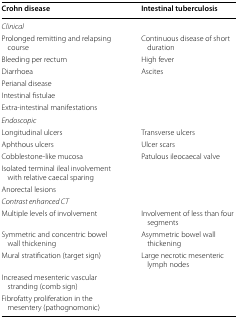
| Crohn disease | Intestinal tuberculosis |
 | --- | --- |
 | <COLSPAN=2> Clinical |
 | Prolonged remitting and relapsing course | Continuous disease of short duration |
 | Bleeding per rectum | High fever |
 | Diarrhoea | Ascites |
 | Perianal disease |  |
 | Intestinal fistulae |  |
 | Extra-intestinal manifestations |  |
 | <COLSPAN=2> Endoscopic |
 | Longitudinal ulcers | Transverse ulcers |
 | Aphthous ulcers | Ulcer scars |
 | Cobblestone-like mucosa | Patulous ileocaecal valve |
 | Isolated terminal ileal involvement with relative caecal sparing |  |
 | Anorectal lesions |  |
 | <COLSPAN=2> Contrast enhanced CT |
 | Multiple levels of involvement | Involvement of less than four segments |
 | Symmetric and concentric bowel wall thickening | Asymmetric bowel wall thickening |
 | Mural stratification (target sign) | Large necrotic mesenteric lymph nodes |
 | Increased mesenteric vascular stranding (comb sign) |  |
 | Fibrofatty proliferation in the mesentery (pathognomonic) |  |